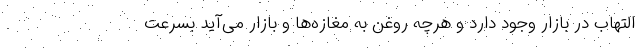
التهاب در بازار وجود دارد و هرچه روغن به مغازه‌ها و بازار می‌آید بسرعت